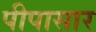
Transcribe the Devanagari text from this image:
पीपासार